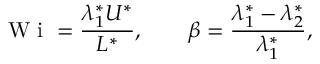
\textrm { W i } = \frac { \lambda _ { 1 } ^ { * } U ^ { * } } { L ^ { * } } , \qquad \beta = \frac { \lambda _ { 1 } ^ { * } - \lambda _ { 2 } ^ { * } } { \lambda _ { 1 } ^ { * } } ,